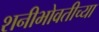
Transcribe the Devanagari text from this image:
शनीभोवतीच्या